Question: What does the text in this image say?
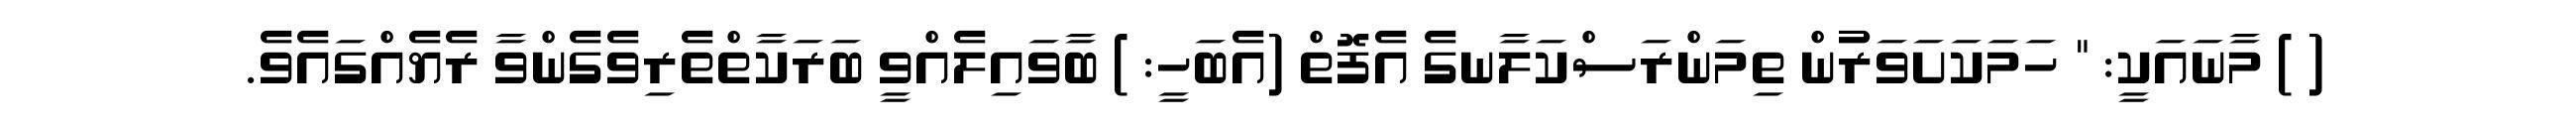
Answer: ( ) މާނައަކީ: " ހަމަކަށަވަރުން ތިމަންރަސްކަލާނގެ އެފޮތް (އެބަހީ: ) ބާވައިލެއްވީ ބަރަކާތްތެރިވެގެންވާ ރެޔެއްގައެވެ.